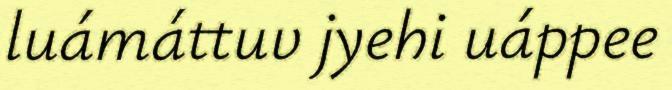
luámáttuv jyehi uáppee